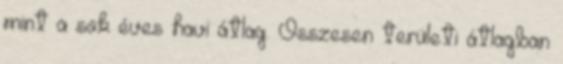
mint a sok éves havi átlag. Összesen területi átlagban